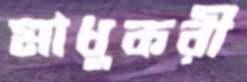
মাধুকরী